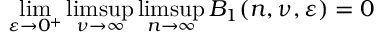
\operatorname* { l i m } _ { \varepsilon \rightarrow 0 ^ { + } } \operatorname* { l i m s u p } _ { \nu \rightarrow \infty } \operatorname* { l i m s u p } _ { n \rightarrow \infty } B _ { 1 } ( n , \nu , \varepsilon ) = 0